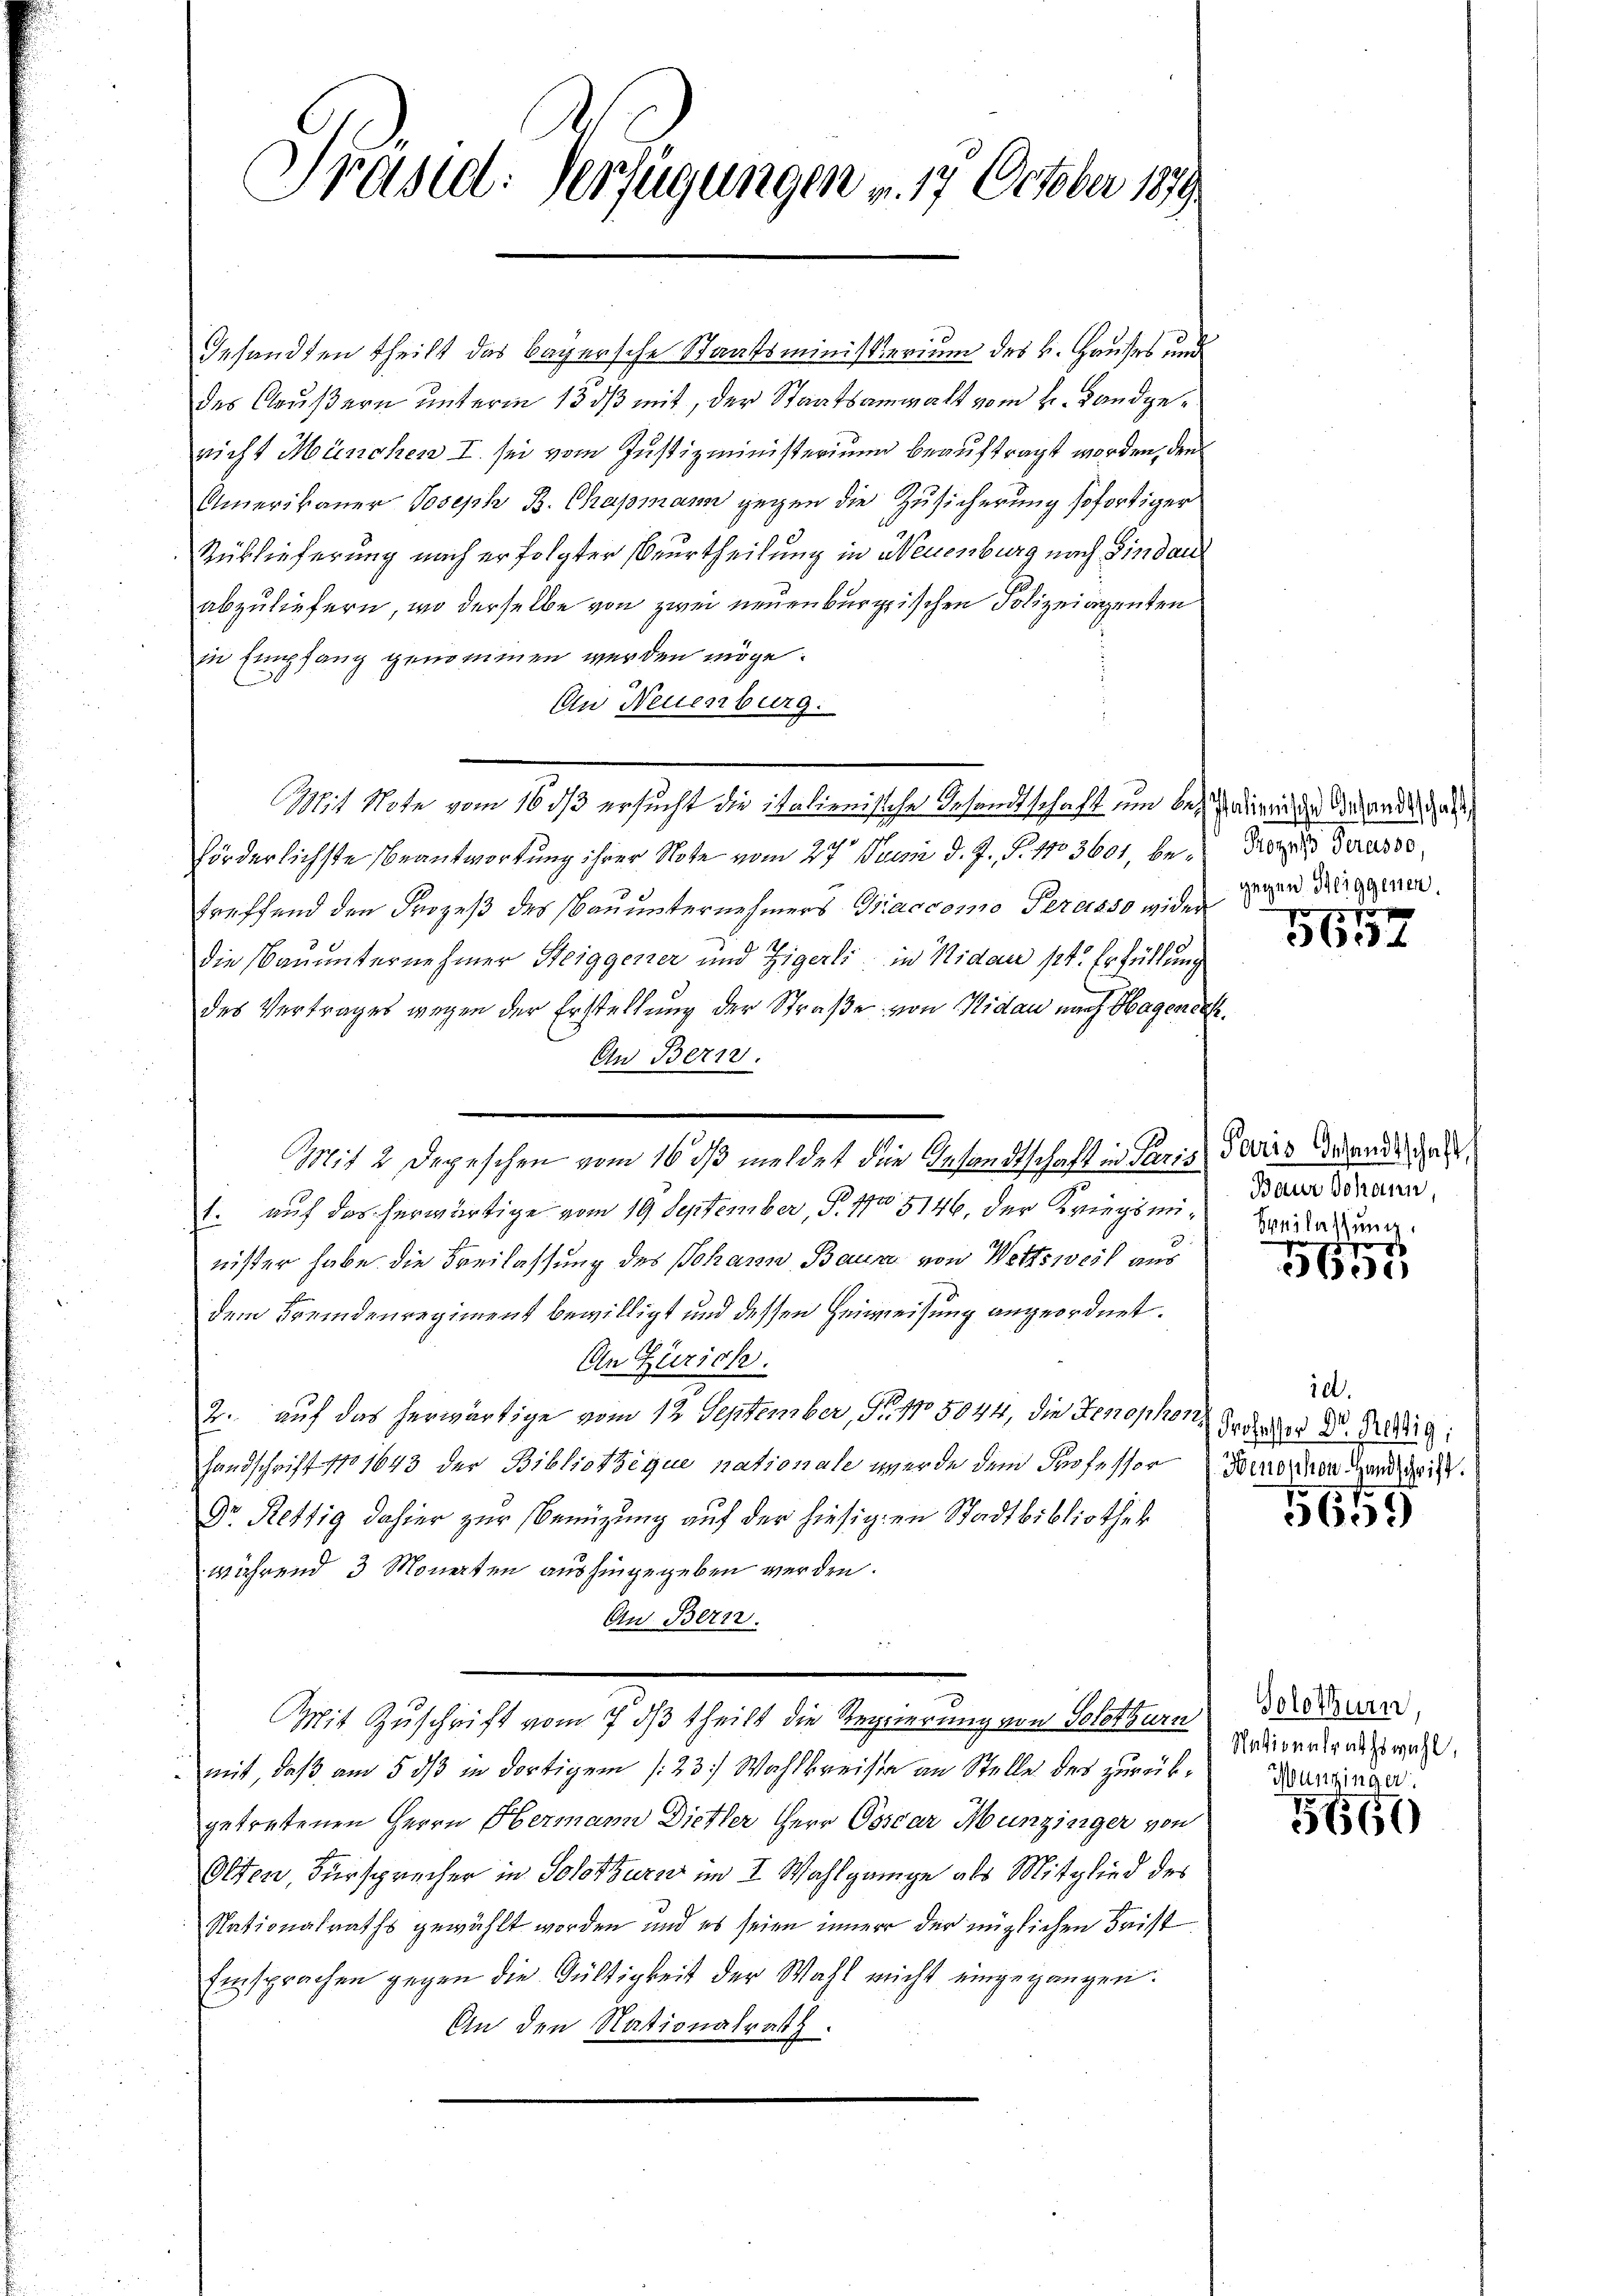
Präsid. Verfügungen v. 17. October 189

Gesandten theilt das Bayersche Staatsministerium des H. Hauses und
des Grußern unterm 13. dβ mit, der Staatsanwalt vom H. Landgenricht München I. sei vom Justizministerium beauftragt worden, den
Amerikaner Joseph B. Chapmann gegen die Zusicherung sofortiger
Rüblieferung nach erfolgter Beurtheilung in Neuenburg nach Sindau
abzuliefern, wo derselbe von zwei neuenburgischen Polizeiarenten
in Empfang genommen werden möge.
An Neuenburg.
förderlichste Beantwortung ihrer Note vom 27. Junii d. J., S. 1103601, be- Prozeß derasso,
treffend den Prozeß des Bauunternehmers Giaccomo Peresso wider
die Bauunternehmer Steiggener und Zigerli, in Nidau pt. Erfüllung
des Vertrages wegen der Erstellung der Straße von Nidau nach Hageneh
An Bern.
1. auf das herwärtige vom 19. September, P. 15146, der Kriegsminister habe die Freilassung des Johann Baure von Wettsweil aus
dem Fremdenregiment bewilligt und dessen Heimweisung angeordnet.
An Zürich.
2. auf das herwärtige vom 12. September, No. No 5044, die Fenophen
Handschrift No 1643 der Bibliotheque pationale werde dem Professor Kinden handschrift
Dr. Rettig dahier zur Benützung auf der hiesigen Stadtbibliothek
während 3 Monaten aushingegeben werden.
An Bern.
Mit Zuschrift vom 7. dβ theilt die Regierung von Solothurn
mit, daß am 5 dß in dortigem (23. Wahlkreise an Stelle des zurückgetretenen Herrn Hermann Dietler Herr Osscar Munzinger von
Olten, Fürsprecher in Solothurn im I. Wahlgänge als Mitglied des
Nationalraths gewählt worden, und es seien inner der möglichen Frist
Einsprachen gegen die Gültigkeit der Wahl nicht eingegangen.
An den Nationalrath.

Mit 2 Depeschen vom 16 das meldet die Gesandtschaft in Paris devirs derende Gatt

Mit Note vom 16 ds ersucht die italienische Gesandtschaft um besinne erhandes dass

gegen Heiggenen
f

56.

Baur Johann,
Heilassung.

po
5607

id
Professor Dr. Rettig;

5659

Solothurn,
Nationalrathswahl,
Munzinger

5660